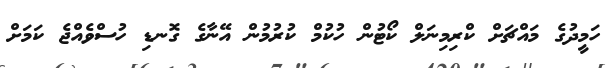
ހަމީދުގެ މައްޗަށް ކްރިމިނަލް ކޯޓުން ހުކުމް ކުރުމުން އޭނާގެ ގޮނޑި ހުސްވެއްޖެ ކަމަށް